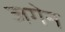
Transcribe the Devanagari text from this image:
जगेन